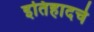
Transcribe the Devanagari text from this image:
इतिहादचे